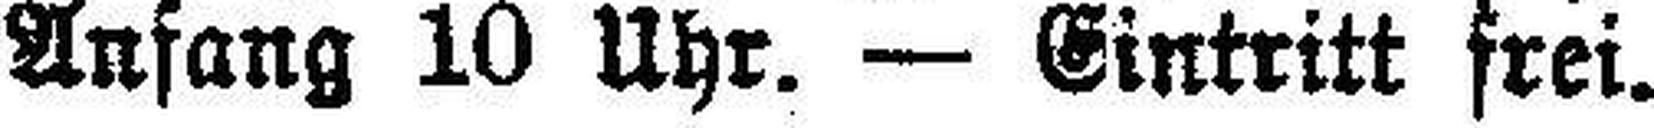
Anfang 10 Uhr. — Eintritt frei.